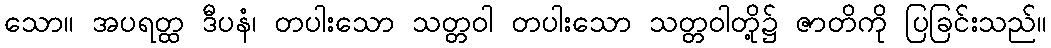
သော။ အပရတ္ထ ဒီပနံ၊ တပါးသော သတ္တဝါ တပါးသော သတ္တဝါတို့၌ ဇာတိကို ပြခြင်းသည်။